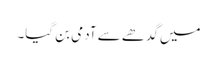
میں گدھے سے آدمی بن گیا۔